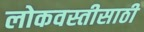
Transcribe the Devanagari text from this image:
लोकवस्तीसाठी